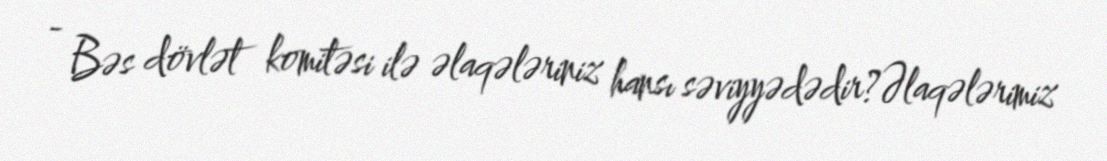
- Bəs dövlət komitəsi ilə əlaqələriniz hansı səviyyədədir?Əlaqələrimiz